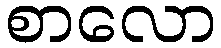
စာလော